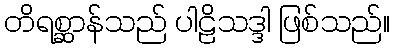
တိရစ္ဆာန်သည် ပါဠိသဒ္ဒါ ဖြစ်သည်။